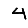
Digit: 4